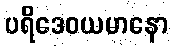
ပရိဒေဝယမာနော